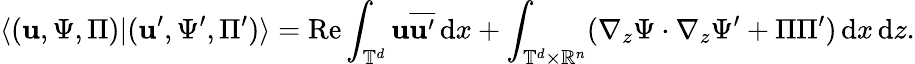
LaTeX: \langle(\mathbf{u},\Psi,\Pi)|(\mathbf{u}^{\prime},\Psi^{\prime},\Pi^{\prime})\rangle=\mathrm{{Re}}\displaystyle\int_{\mathbb{T}^{d}}\mathbf{u}\overline{{{\mathbf{u}^{\prime}}}}\, {\mathrm{{d}}}x+\int_{\mathbb{T}^{d}\times\mathbb{{R}}^{n}}(\nabla_{z}\Psi\cdot\nabla_{z}\Psi^{\prime}+\Pi\Pi^{\prime})\, {\mathrm{{d}}}x\, {\mathrm{{d}}}z.